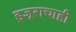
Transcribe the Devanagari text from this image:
हुजूराचाही